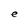
Character: e